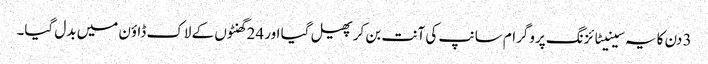
3 دن کا یہ سینیٹائزنگ پروگرام سانپ کی آنت بن کر پھیل گیا اور 24 گھنٹوں کے لاک ڈاؤن میں بدل گیا۔